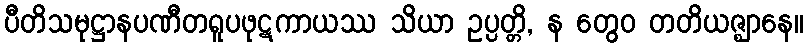
ပီတိသမုဋ္ဌာနပဏီတရူပဖုဋကာယဿ သိယာ ဥပ္ပတ္တိ, န တွေဝ တတိယဇ္ဈာနေ။